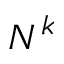
N ^ { k }